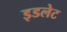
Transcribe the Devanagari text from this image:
इडलेट